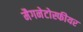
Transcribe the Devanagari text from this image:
मैगनेटोस्फीयर